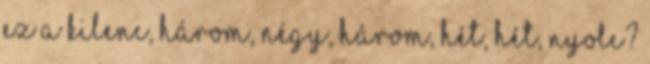
ez a kilenc, három, négy, három, hét, hét, nyolc?